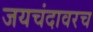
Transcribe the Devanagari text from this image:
जयचंदावरच